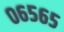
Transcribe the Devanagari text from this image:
०६५६५